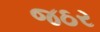
જઠર